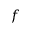
f